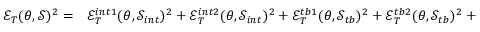
\begin{array} { r l } { \mathcal { E } _ { T } ( \theta , \mathcal { S } ) ^ { 2 } = } & { { } \mathcal { E } _ { T } ^ { i n t 1 } ( \theta , \mathcal { S } _ { i n t } ) ^ { 2 } + \mathcal { E } _ { T } ^ { i n t 2 } ( \theta , \mathcal { S } _ { i n t } ) ^ { 2 } + \mathcal { E } _ { T } ^ { t b 1 } ( \theta , \mathcal { S } _ { t b } ) ^ { 2 } + \mathcal { E } _ { T } ^ { t b 2 } ( \theta , \mathcal { S } _ { t b } ) ^ { 2 } + \mathcal { E } _ { T } ^ { s b } ( \theta , \mathcal { S } _ { s b } ) ^ { 2 } , } \end{array}